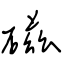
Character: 磁